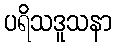
ပရိသဒူသနာ